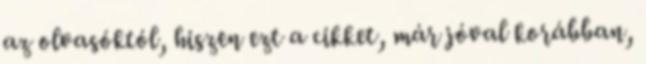
az olvasóktól, hiszen ezt a cikket, már jóval korábban,